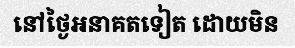
នៅថ្ងៃអនាគតទៀត ដោយមិន